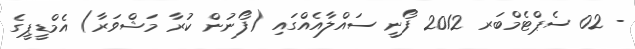
- 02 ސެޕްޓެމްބަރ 2012 ފޯނީ ސައްލާއެއްގައި (ފޯނުން ކުރާ މަޝްވަރާ) އެމްޑީޕީގެ